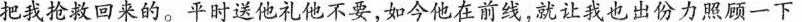
把我救回来的。平时他礼他不要，如今他在前线，就让我也出份力照顾一下